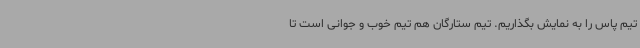
تیم پاس را به نمایش بگذاریم. تیم ستارگان هم تیم خوب و جوانی است‌ تا